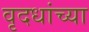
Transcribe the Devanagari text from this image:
वृदधांच्या